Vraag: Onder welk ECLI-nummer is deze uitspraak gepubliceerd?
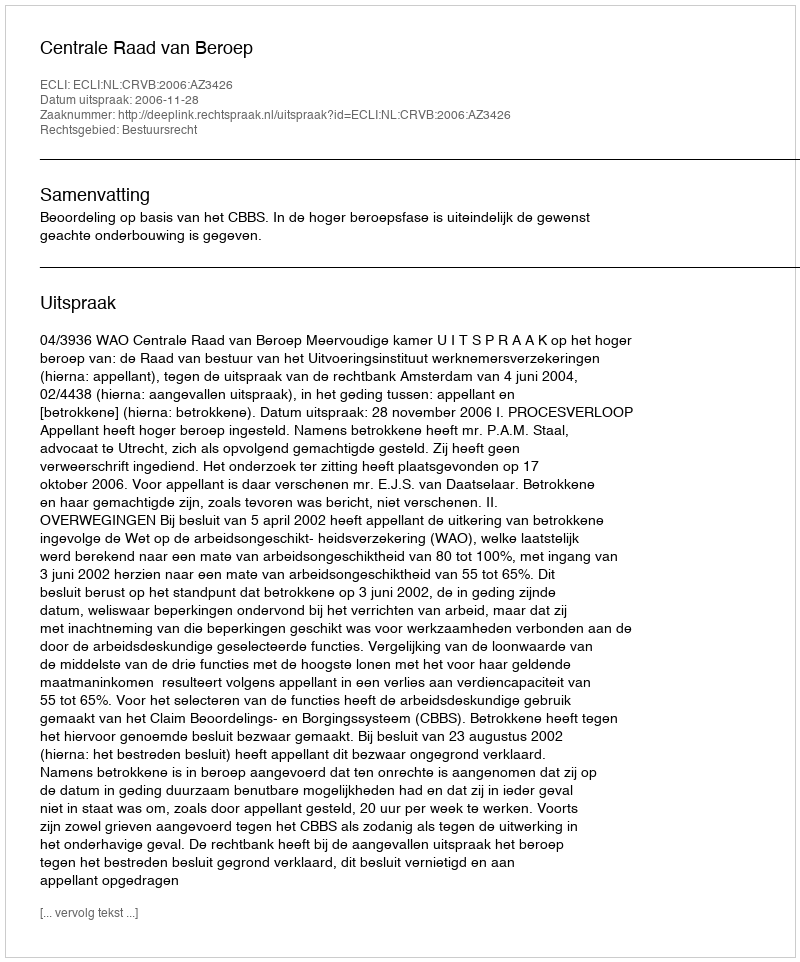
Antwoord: ECLI:NL:CRVB:2006:AZ3426